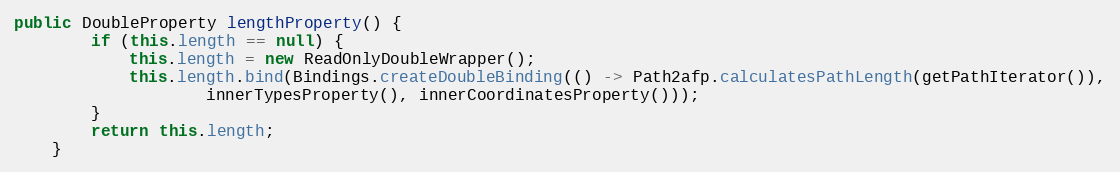
Language: Java
public DoubleProperty lengthProperty() {
		if (this.length == null) {
			this.length = new ReadOnlyDoubleWrapper();
			this.length.bind(Bindings.createDoubleBinding(() -> Path2afp.calculatesPathLength(getPathIterator()),
					innerTypesProperty(), innerCoordinatesProperty()));
		}
		return this.length;
	}